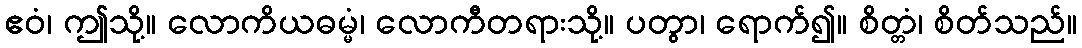
ဧဝံ၊ ဤသို့။ လောကိယဓမ္မံ၊ လောကီတရားသို့။ ပတွာ၊ ရောက်၍။ စိတ္တံ၊ စိတ်သည်။